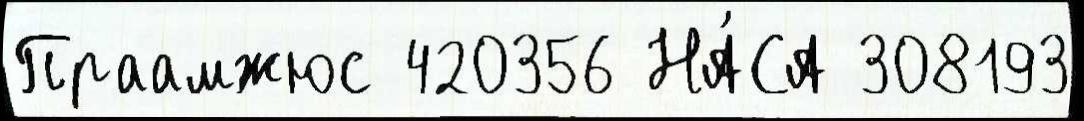
Праамжюс 420356 НА́СА 308193